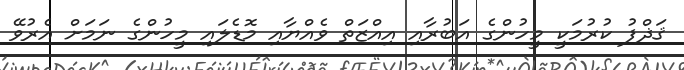
ޤަޛްފު ކުރުމަކީ މީހުންގެ އަބުރާއި އިއްޒަތް ވެއްޔާއި މޮޑެލައި މީހުންގެ ނަމަށް އެރުވޭ